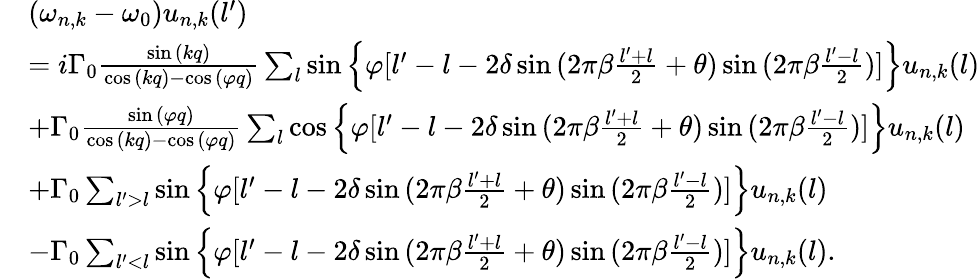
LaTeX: \begin{array}{rl}&{(\omega_{n,k}-\omega_{0})u_{n,k}(l^{\prime})}\\ &{=i\Gamma_{0}\frac{\sin{(kq)}}{\cos{(kq)}-\cos{(\varphi q)}}\sum_{l}\sin{\left\{ \varphi[l^{\prime}-l-2\delta\sin{(2\pi\beta\frac{l^{\prime}+l}{2}+\theta)}\sin{(2\pi\beta\frac{l^{\prime}-l}{2})}]\right\} }u_{n,k}(l)}\\ &{+\Gamma_{0}\frac{\sin{(\varphi q)}}{\cos{(kq)}-\cos{(\varphi q)}}\sum_{l}\cos{\left\{ \varphi[l^{\prime}-l-2\delta\sin{(2\pi\beta\frac{l^{\prime}+l}{2}+\theta)}\sin{(2\pi\beta\frac{l^{\prime}-l}{2})}]\right\} }u_{n,k}(l)}\\ &{+\Gamma_{0}\sum_{l^{\prime}>l}\sin{\left\{ \varphi[l^{\prime}-l-2\delta\sin{(2\pi\beta\frac{l^{\prime}+l}{2}+\theta)}\sin{(2\pi\beta\frac{l^{\prime}-l}{2})}]\right\} }u_{n,k}(l)}\\ &{-\Gamma_{0}\sum_{l^{\prime}<l}\sin{\left\{ \varphi[l^{\prime}-l-2\delta\sin{(2\pi\beta\frac{l^{\prime}+l}{2}+\theta)}\sin{(2\pi\beta\frac{l^{\prime}-l}{2})}]\right\} }u_{n,k}(l).}\end{array}